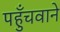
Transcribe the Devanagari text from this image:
पहुँचवाने